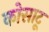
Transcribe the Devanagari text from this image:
कोसाटू